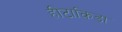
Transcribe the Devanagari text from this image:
हीटाकिडा